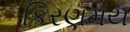
કિરણમય